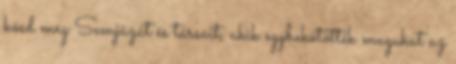
kösd meg Semjázát és társait, akik egybekötötték magukat az